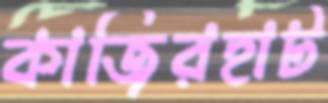
কাজিরহাট